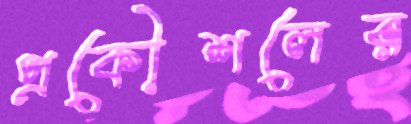
প্রকৌশলের